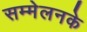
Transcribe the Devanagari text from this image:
सम्मेलनके